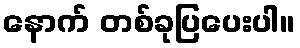
နောက် တစ်ခုပြပေးပါ။